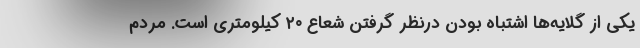
یکی از گلایه‌ها اشتباه بودن درنظر گرفتن شعاع ۲۰ کیلومتری است. مردم